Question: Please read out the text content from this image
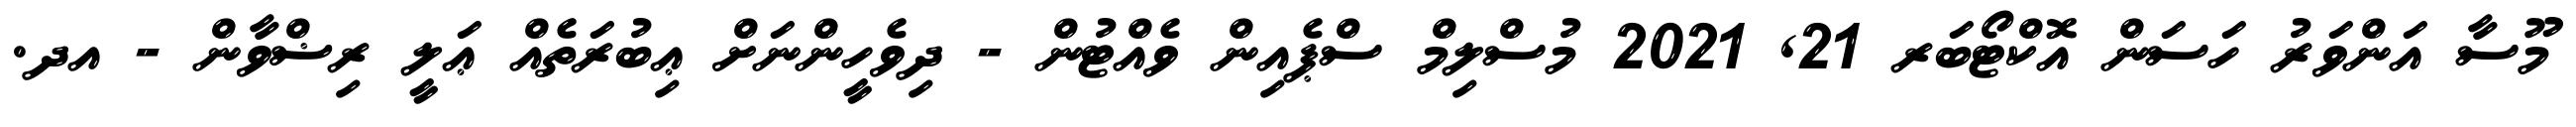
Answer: މޫސާ އަންވަރު ހަސަން އޮކްޓޯބަރ 21, 2021 މުސްލިމް ސްޕެއިން ވެއްޓުން - ދިވެހީންނަށް ޢިބުރަތެއް ޢަލީ ރިޟްވާން - އދ.